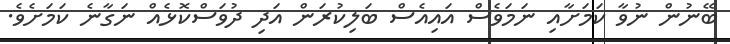
ބޭނުން ނުވާ ކަމަށާއި ނަމަވެސް އައިއެސް ބަލިކުރަން އަދި ދުވަސްކޮޅެއް ނަގާނެ ކަމަށެވެ.